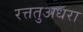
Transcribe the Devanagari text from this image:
रत्ततुअधरा